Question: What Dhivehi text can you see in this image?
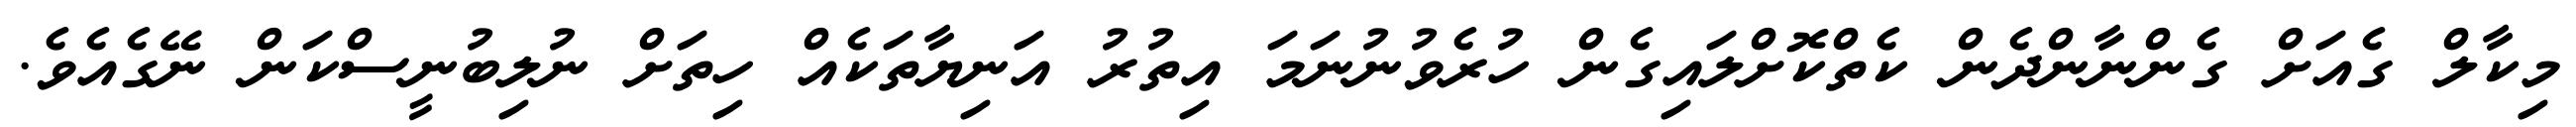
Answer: މިކާލް ގެއަށް ގެންނާންދެން ކެތްކޮށްލައިގެން ހުރެވުނުނަމަ އިތުރު އަނިޔާތަކެއް ހިތަށް ނުލިބުނީސްކަން ނޭގެއެވެ.